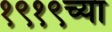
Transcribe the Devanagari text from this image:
१९१९च्या